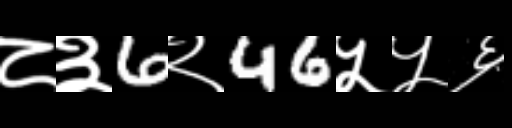
Text: ८३6२46५५६